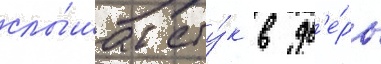
слы́шал сту́к в дв'е́рь